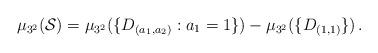
LaTeX: \begin{align*}\mu_{3^2}(\mathcal{S})=\mu_{3^2}(\{D_{(a_1,a_2)}: a_1=1\}) -\mu_{3^2}(\{D_{(1,1)}\})\,.\end{align*}